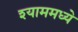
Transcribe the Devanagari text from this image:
श्याममध्ये